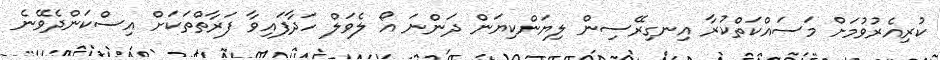
ކުރިއެރުވުމަށް މަސައްކަތްކުރާ އިނގިރޭސިން ލިޔަންކިޔަން ދަންނަ އޯ ލެވަލް ހަދާފައިވާ ފަރާތްތަކަށް އިސްކަންދެވޭނެ